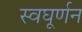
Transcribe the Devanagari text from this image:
स्वघूर्णन